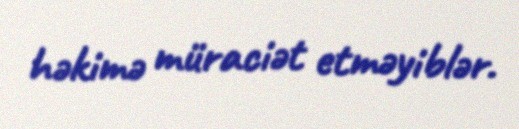
həkimə müraciət etməyiblər.